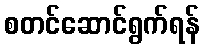
စတင်ဆောင်ရွက်ရန်